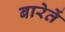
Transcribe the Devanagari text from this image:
बारेतें